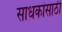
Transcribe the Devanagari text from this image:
साधकांसाठी